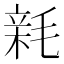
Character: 𣮭